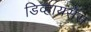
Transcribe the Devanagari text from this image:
डिव्हायसेस